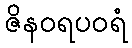
ဇိနဝရပဝရံ